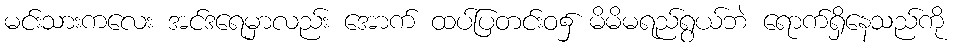
မင်းသားကလေး အင်ဒရေမှာလည်း အောက် ထပ်ပြတင်းဝ၌ မိမိမရည်ရွယ်ဘဲ ရောက်ရှိနေသည်ကို